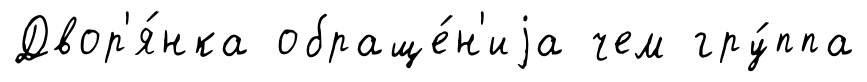
Двор'я́нка обраще́н'иjа чем гру́ппа